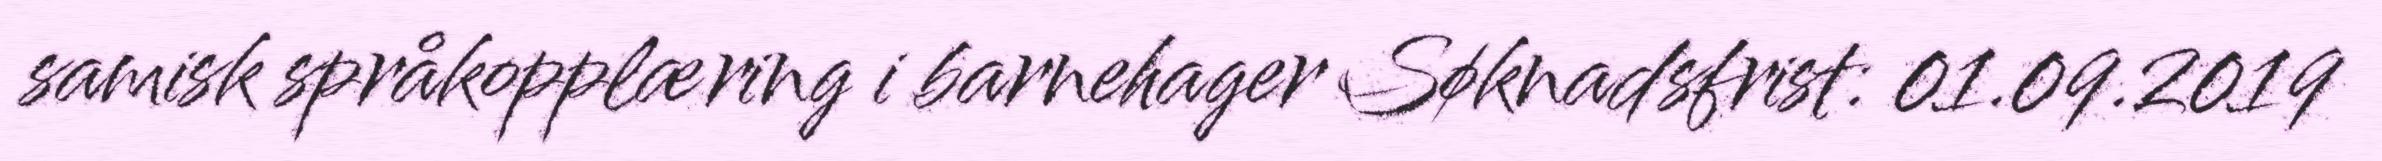
samisk språkopplæring i barnehager Søknadsfrist: 01.09.2019